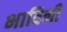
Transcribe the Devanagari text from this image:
भाविनी